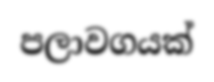
පලාවගයක්